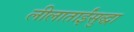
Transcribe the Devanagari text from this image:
लीलाताईंसुद्धा